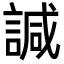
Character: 諴